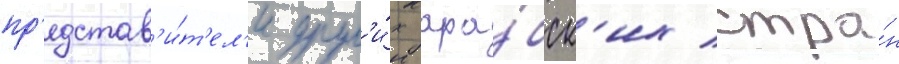
пр'едстав'и́т'ел'и друг'и́х ара́бск'их стра́н